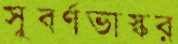
সুবর্ণভাস্কর